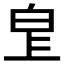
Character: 𤽓